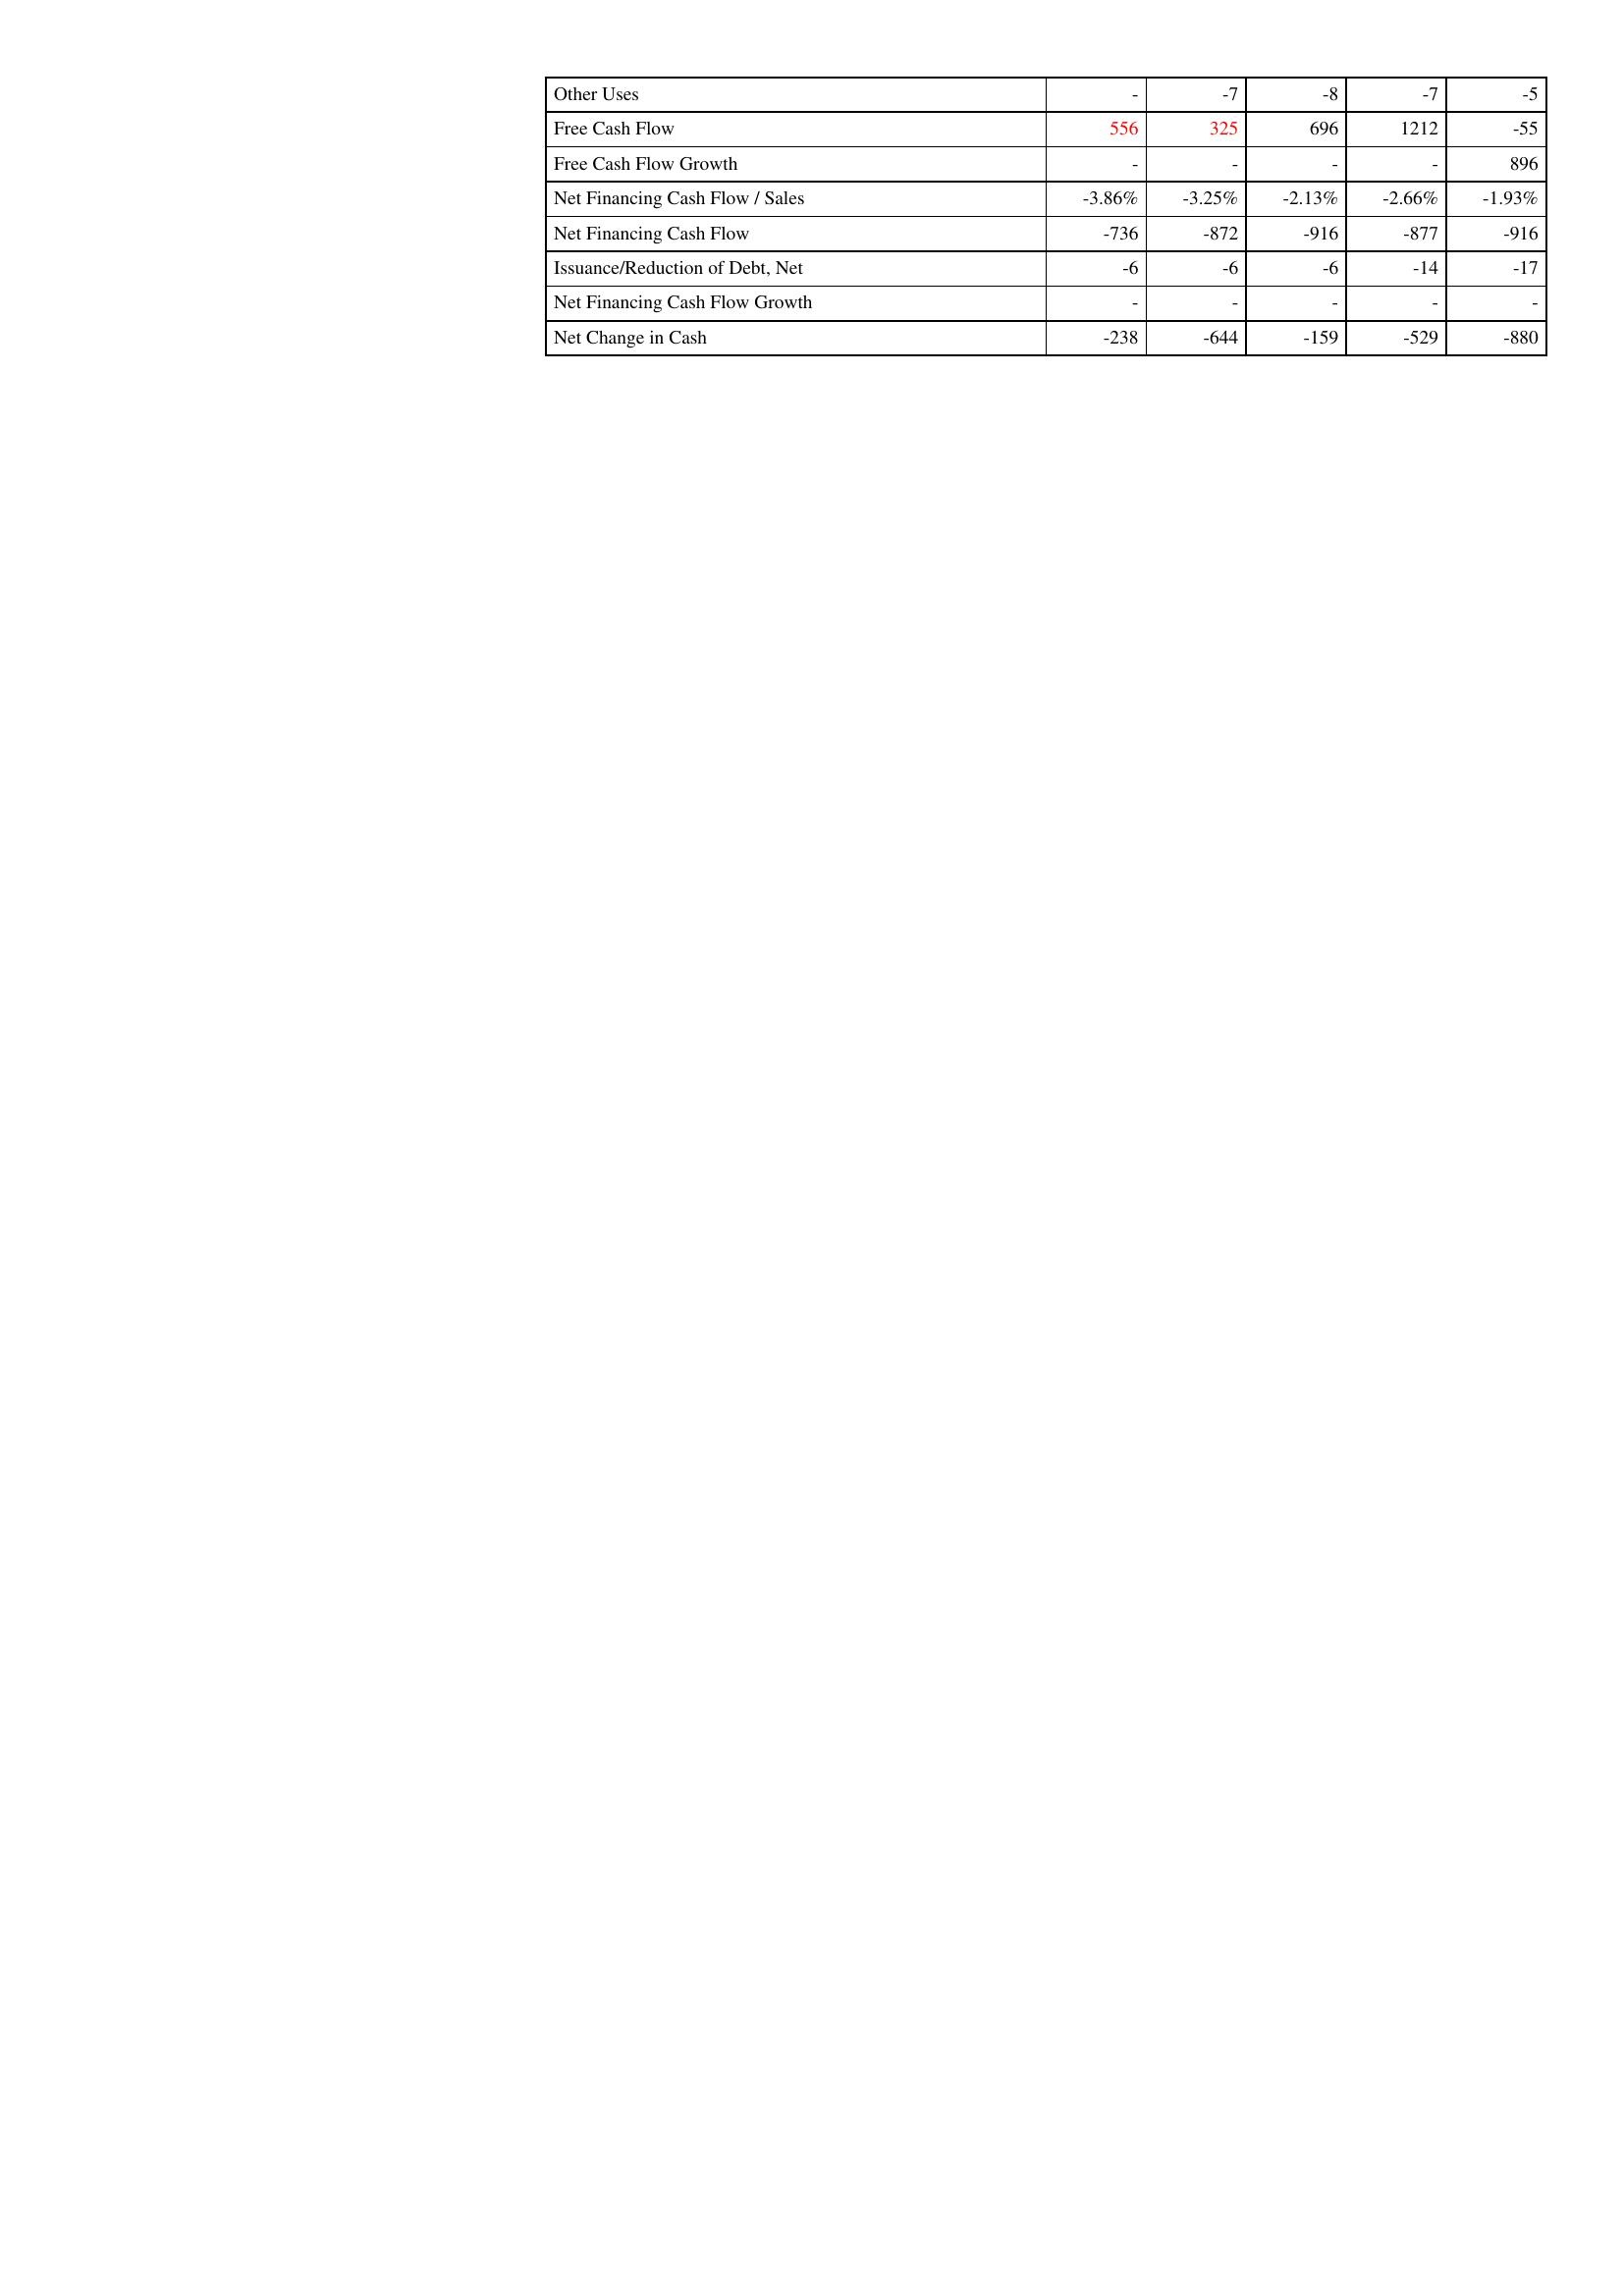
gt_parse: 2014: Financing Activities: Other Uses: -
Free Cash Flow: 556
Free Cash Flow Growth: -
Net Financing Cash Flow / Sales: -3.86%
Net Financing Cash Flow: -736
Issuance/Reduction of Debt, Net: -6
Net Financing Cash Flow Growth: -
Net Change in Cash: -238
2015: Financing Activities: Other Uses: -7
Free Cash Flow: 325
Free Cash Flow Growth: -
Net Financing Cash Flow / Sales: -3.25%
Net Financing Cash Flow: -872
Issuance/Reduction of Debt, Net: -6
Net Financing Cash Flow Growth: -
Net Change in Cash: -644
2016: Financing Activities: Other Uses: -8
Free Cash Flow: 696
Free Cash Flow Growth: -
Net Financing Cash Flow / Sales: -2.13%
Net Financing Cash Flow: -916
Issuance/Reduction of Debt, Net: -6
Net Financing Cash Flow Growth: -
Net Change in Cash: -159
2017: Financing Activities: Other Uses: -7
Free Cash Flow: 1212
Free Cash Flow Growth: -
Net Financing Cash Flow / Sales: -2.66%
Net Financing Cash Flow: -877
Issuance/Reduction of Debt, Net: -14
Net Financing Cash Flow Growth: -
Net Change in Cash: -529
2018: Financing Activities: Other Uses: -5
Free Cash Flow: -55
Free Cash Flow Growth: 896
Net Financing Cash Flow / Sales: -1.93%
Net Financing Cash Flow: -916
Issuance/Reduction of Debt, Net: -17
Net Financing Cash Flow Growth: -
Net Change in Cash: -880